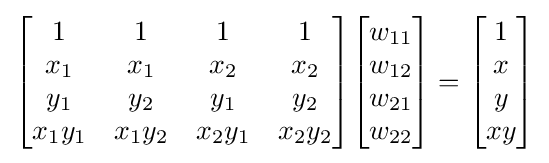
{\begin{bmatrix}1&1&1&1\\x_{1}&x_{1}&x_{2}&x_{2}\\y_{1}&y_{2}&y_{1}&y_{2}\\x_{1}y_{1}&x_{1}y_{2}&x_{2}y_{1}&x_{2}y_{2}\end{bmatrix}}{\begin{bmatrix}w_{11}\\w_{12}\\w_{21}\\w_{22}\end{bmatrix}}={\begin{bmatrix}1\\x\\y\\xy\end{bmatrix}}